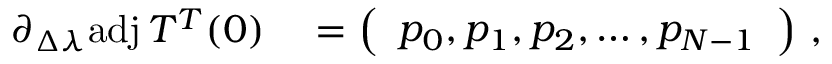
\begin{array} { r l } { \partial _ { \Delta \lambda } \mathrm { a d j } \, T ^ { T } ( 0 ) } & { { } = \left( \begin{array} { l } { p _ { 0 } , p _ { 1 } , p _ { 2 } , \dots , p _ { N - 1 } } \end{array} \right) \, , } \end{array}